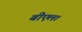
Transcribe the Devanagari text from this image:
बीएल।